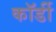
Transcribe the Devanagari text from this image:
कॉर्डी